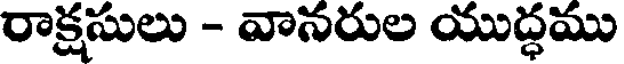
రాక్షసులు - వానరుల యుద్ధము